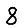
Digit: 8